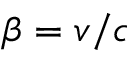
\beta = v / c